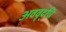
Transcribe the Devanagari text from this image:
अववृद्धि